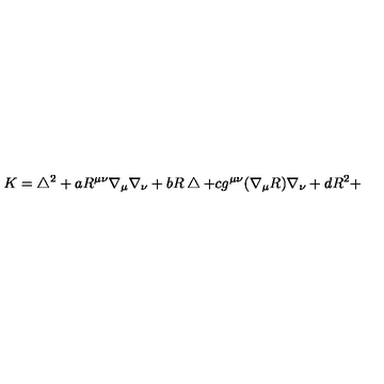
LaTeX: K = \bigtriangleup ^ { 2 } + a R ^ { \mu \nu } \nabla _ { \mu } \nabla _ { \nu } + b R \bigtriangleup + c g ^ { \mu \nu } ( \nabla _ { \mu } R ) \nabla _ { \nu } + d R ^ { 2 } +